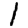
Digit: 1